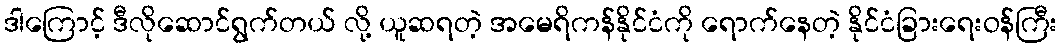
ဒါကြောင့် ဒီလိုဆောင်ရွက်တယ် လို့ ယူဆရတဲ့ အမေရိကန်နိုင်ငံကို ရောက်နေတဲ့ နိုင်ငံခြားရေးဝန်ကြီး